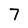
Character: 7